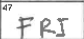
Transcription: FRI